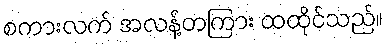
စကားလက် အလန့်တကြား ထထိုင်သည်။